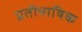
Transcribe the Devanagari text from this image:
प्रतीभाषिक